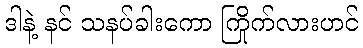
ဒါနဲ့ နင် သနပ်ခါးကော ကြိုက်လားဟင်